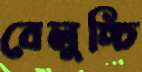
বেলুচ্চি